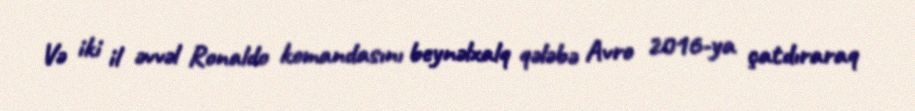
Və iki il əvvəl Ronaldo komandasını beynəlxalq qələbə Avro 2016-ya çatdıraraq